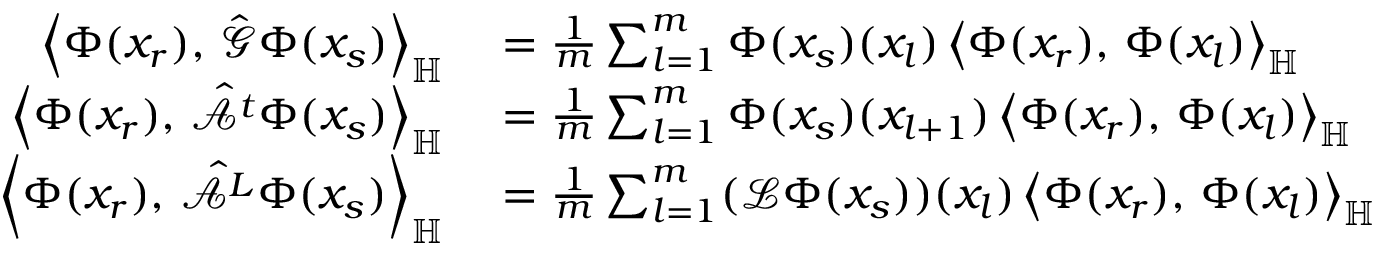
\begin{array} { r l } { \left\langle \Phi ( x _ { r } ) , \, \hat { \mathcal { G } } \Phi ( x _ { s } ) \right\rangle _ { \mathbb { H } } } & { { } = \frac { 1 } { m } \sum _ { l = 1 } ^ { m } \Phi ( x _ { s } ) ( x _ { l } ) \left\langle \Phi ( x _ { r } ) , \, \Phi ( x _ { l } ) \right\rangle _ { \mathbb { H } } } \\ { \left\langle \Phi ( x _ { r } ) , \, \hat { \mathcal { A } ^ { t } } \Phi ( x _ { s } ) \right\rangle _ { \mathbb { H } } } & { { } = \frac { 1 } { m } \sum _ { l = 1 } ^ { m } \Phi ( x _ { s } ) ( x _ { l + 1 } ) \left\langle \Phi ( x _ { r } ) , \, \Phi ( x _ { l } ) \right\rangle _ { \mathbb { H } } } \\ { \left\langle \Phi ( x _ { r } ) , \, \hat { \mathcal { A } ^ { L } } \Phi ( x _ { s } ) \right\rangle _ { \mathbb { H } } } & { { } = \frac { 1 } { m } \sum _ { l = 1 } ^ { m } ( \mathcal { L } \Phi ( x _ { s } ) ) ( x _ { l } ) \left\langle \Phi ( x _ { r } ) , \, \Phi ( x _ { l } ) \right\rangle _ { \mathbb { H } } } \end{array}